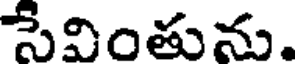
సేవింతును.